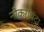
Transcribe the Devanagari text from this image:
नोकरीधंदा